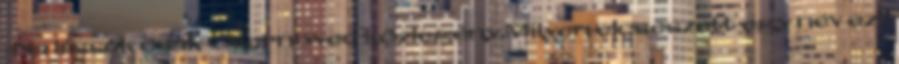
-Na lássuk csak Csernovec közlegény.Milyen elcseszett egy név ez?